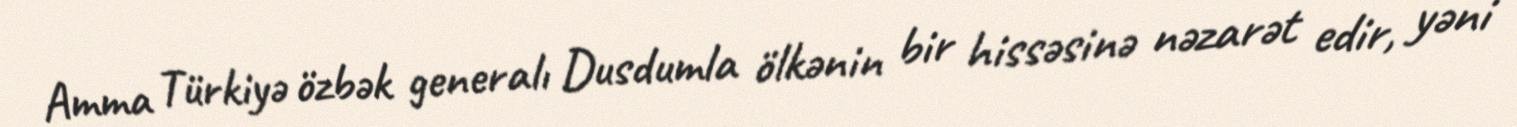
Amma Türkiyə özbək generalı Dusdumla ölkənin bir hissəsinə nəzarət edir, yəni